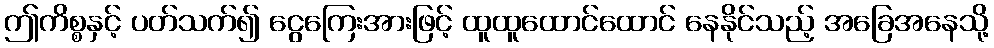
ဤကိစ္စနှင့် ပတ်သက်၍ ငွေကြေးအားဖြင့် ထူထူထောင်ထောင် နေနိုင်သည့် အခြေအနေသို့